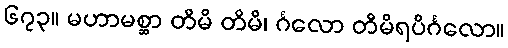
၆၇၃။ မဟာမစ္ဆာ တိမိ တိမိ၊ င်္ဂလော တိမိရပိင်္ဂလော။